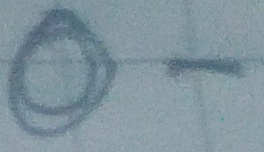
Text: O-